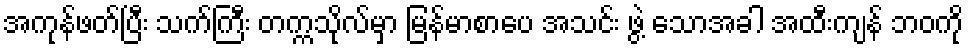
အကုန်ဖတ်ပြီး သက်ကြီး တက္ကသိုလ်မှာ မြန်မာစာပေ အသင်း ဖွဲ့ သောအခါ အထီးကျန် ဘဝကို